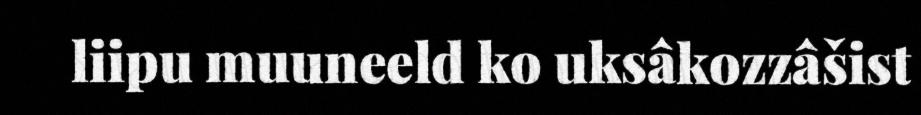
liipu muuneeld ko uksâkozzâšist